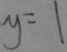
y = 1